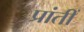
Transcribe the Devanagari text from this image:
प्रांतीं